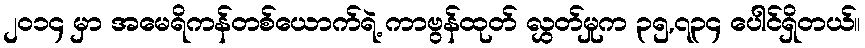
၂၀၁၄ မှာ အမေရိကန်တစ်ယောက်ရဲ့ ကာဗွန်ထုတ် လွှတ်မှုက ၃၅,၇၃၄ ပေါင်ရှိတယ်။